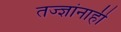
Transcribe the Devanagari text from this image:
तज्‍ज्ञांनाही